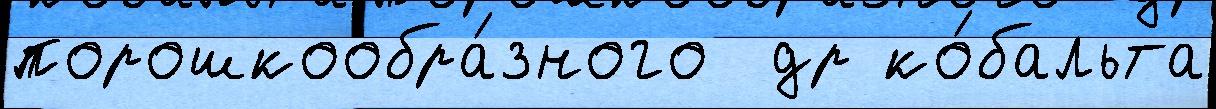
порошкообра́зного  др ко́бальта